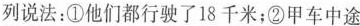
列说法：①他们都行驶了18千米；②甲车中途